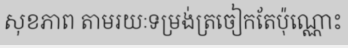
សុខភាព តាមរយៈទម្រង់ត្រចៀកតែប៉ុណ្ណោះ